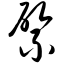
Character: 綮